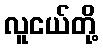
လူငယ်တို့